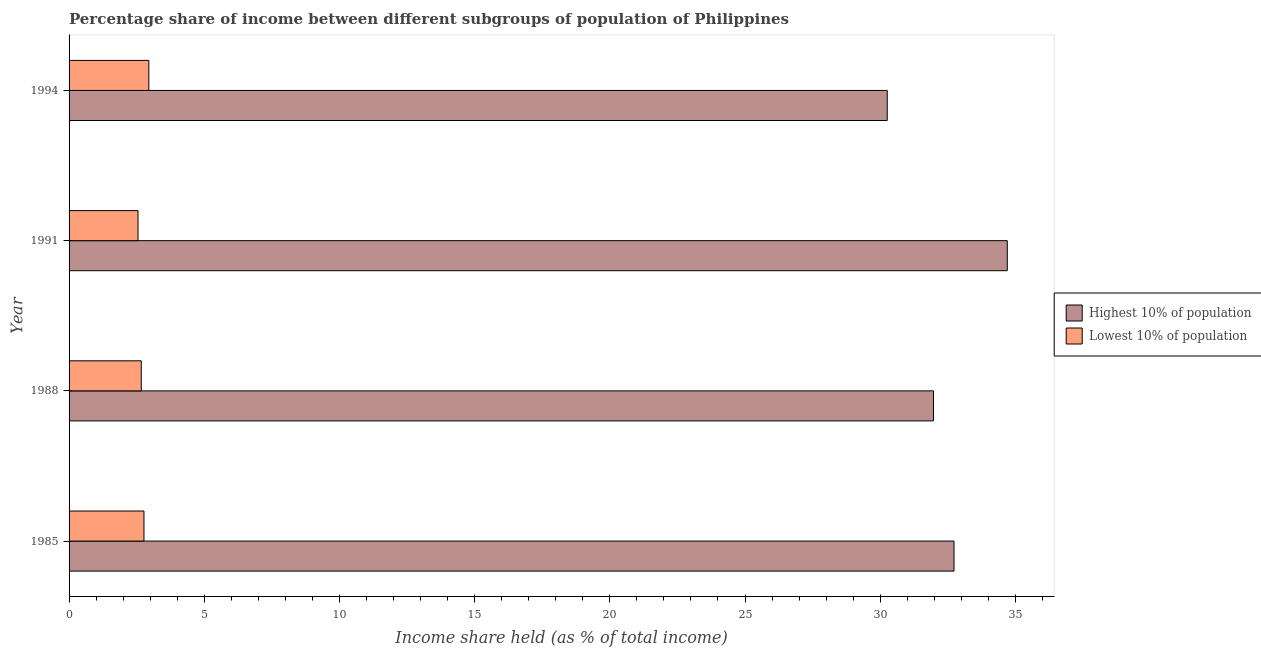
| Year | Highest 10% of population | Lowest 10% of population |
 | --- | --- | --- |
 | 1985 | 32.7 | 2.77 |
 | 1988 | 32 | 2.67 |
 | 1991 | 34.7 | 2.55 |
 | 1994 | 30.3 | 2.95 |